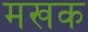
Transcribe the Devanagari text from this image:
मखक